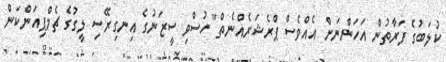
ކުލަބުގެ ފަރާތުން އަހަންނަށް އެއްވެސް ޕްރެޝަރެއްނެތް" ހުސްވި ސީޒަނުގެ އިނގިރޭސި ލީގުގެ ޗެމްޕިއަންކަން